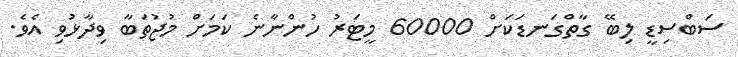
ސަބްސިޑީ ލިބޭ ގާތްގަނޑަކަށް 60000 މީޓަރު ހުންނާނެ ކަމަށް މުޖުތަބާ ވިދާޅުވި އެވެ.